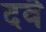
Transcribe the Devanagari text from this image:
दवॆ